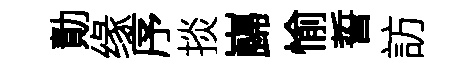
勣缘序掞巋愉誓訪